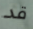
قد